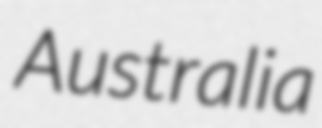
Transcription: Australia